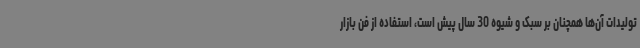
تولیدات آن‌ها همچنان بر سبک و شیوه 30 سال پیش است، استفاده از فن بازار